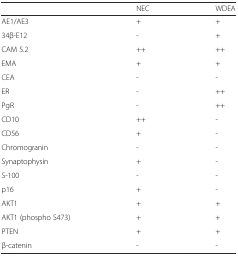
<table><thead><tr><td></td><td><b>NEC</b></td><td><b>WDEA</b></td></tr></thead><tbody><tr><td>AE1/AE3</td><td>+</td><td>+</td></tr><tr><td>34β-E12</td><td>-</td><td>+</td></tr><tr><td>CAM 5.2</td><td>++</td><td>++</td></tr><tr><td>EMA</td><td>+</td><td>+</td></tr><tr><td>CEA</td><td>-</td><td>-</td></tr><tr><td>ER</td><td>-</td><td>++</td></tr><tr><td>PgR</td><td>-</td><td>++</td></tr><tr><td>CD10</td><td>++</td><td>-</td></tr><tr><td>CD56</td><td>+</td><td>-</td></tr><tr><td>Chromogranin</td><td>-</td><td>-</td></tr><tr><td>Synaptophysin</td><td>+</td><td>-</td></tr><tr><td>S-100</td><td>-</td><td>-</td></tr><tr><td>p16</td><td>+</td><td>-</td></tr><tr><td>AKT1</td><td>+</td><td>+</td></tr><tr><td>AKT1 (phospho S473)</td><td>+</td><td>+</td></tr><tr><td>PTEN</td><td>+</td><td>+</td></tr><tr><td>β-catenin</td><td>-</td><td>-</td></tr></tbody></table>